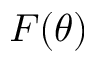
F ( \theta )